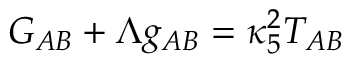
G _ { A B } + \Lambda g _ { A B } = \kappa _ { 5 } ^ { 2 } T _ { A B }